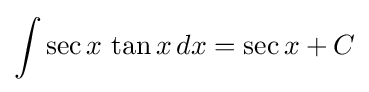
\int \sec {x}\,\tan {x}\,dx=\sec {x}+C